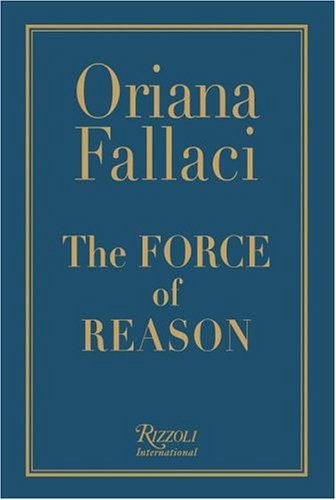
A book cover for The Force of Reason; Oriana Fallaci; Politics & Social Sciences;